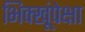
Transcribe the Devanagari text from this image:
भिक्खूंपेक्षा